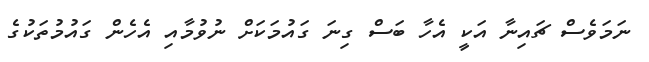
ނަމަވެސް ޗައިނާ އަކީ އެހާ ބަސް ގިނަ ގައުމަކަށް ނުވުމާއި އެހެން ގައުމުތަކުގެ